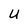
Character: u